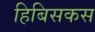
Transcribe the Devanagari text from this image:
हिबिसकस